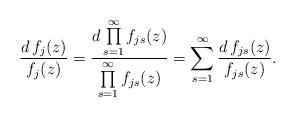
LaTeX: \begin{align*}\frac{d\, f_j(z)}{f_j(z)}=\frac{d\prod\limits_{s=1}^\infty f_{js}(z)}{\prod\limits_{s=1}^\infty f_{js}(z)}=\sum_{s=1}^\infty \frac{d\, f_{js}(z)}{f_{js}(z)}.\end{align*}